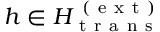
h \in H _ { \mathrm { ~ t ~ r ~ a ~ n ~ s ~ } } ^ { \mathrm { ~ ( ~ e ~ x ~ t ~ ) ~ } }